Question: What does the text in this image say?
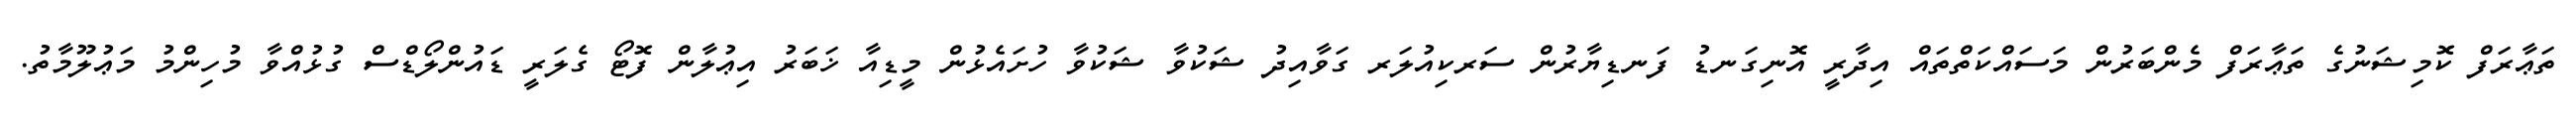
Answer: ތަޢާރަފް ކޮމިޝަނުގެ ތަޢާރަފް މެންބަރުން މަސައްކަތްތައް އިދާރީ އޮނިގަނޑު ފަނޑިޔާރުން ސަރކިއުލަރ ގަވާއިދު ޝަކުވާ ޝަކުވާ ހުށައެޅުން މީޑިއާ ޚަބަރު އިޢުލާން ފޮޓޯ ގެލަރީ ޑައުންލޯޑްސް ގުޅުއްވާ މުހިންމު މަޢުލޫމާތު.